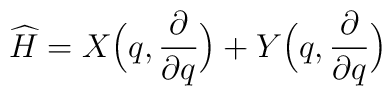
\widehat{H} = X \Bigl(q,\frac{\partial}{\partial q}\Bigr)                  + Y \Bigl(q,\frac{\partial}{\partial q}\Bigr)